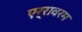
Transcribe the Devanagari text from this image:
एर्रावरम